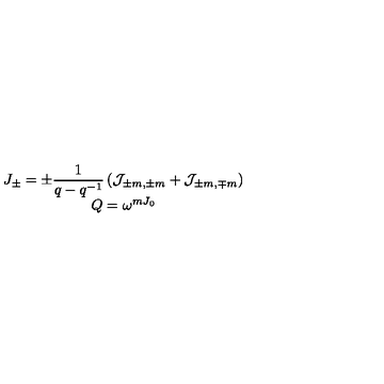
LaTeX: \begin{array} { c } { J _ { \pm } = \displaystyle \pm \frac { 1 } { q - q ^ { - 1 } } \left( { \cal J } _ { \pm m , \pm m } + { \cal J } _ { \pm m , \mp m } \right) } \\ { Q = \omega ^ { m J _ { 0 } } } \\ \end{array}